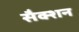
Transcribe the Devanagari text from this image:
सैक्शन